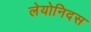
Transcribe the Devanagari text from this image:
लेयोनिदस